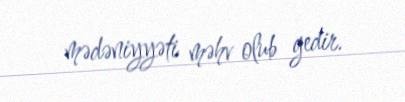
mədəniyyəti məhv olub gedir.